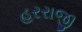
હરરાજી